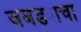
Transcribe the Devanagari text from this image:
जबड्याचा